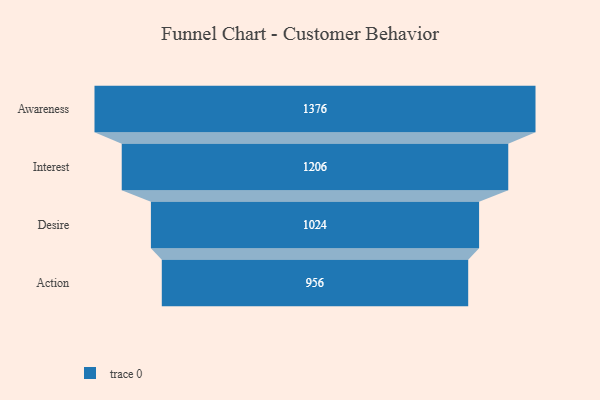
{"axis": {"x": "Stage", "y": "Value"}, "legend": [""], "data": [{"x": "Awareness", "y": 1376.0, "type": ""}, {"x": "Interest", "y": 1206.0, "type": ""}, {"x": "Desire", "y": 1024.0, "type": ""}, {"x": "Action", "y": 956.0, "type": ""}]}